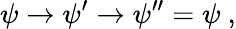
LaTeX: \psi\rightarrow\psi^{\prime}\rightarrow\psi^{\prime\prime}=\psi~,